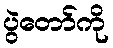
ပွဲတော်ကို